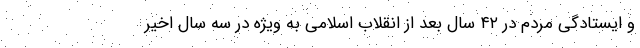
و ایستادگی مردم در ۴۲ سال بعد از انقلاب اسلامی به ویژه در سه سال اخیر